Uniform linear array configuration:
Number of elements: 32
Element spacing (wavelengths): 0.75
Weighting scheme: kaiser
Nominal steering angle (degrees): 30
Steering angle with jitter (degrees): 28.082
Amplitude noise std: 0.05
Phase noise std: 0.05

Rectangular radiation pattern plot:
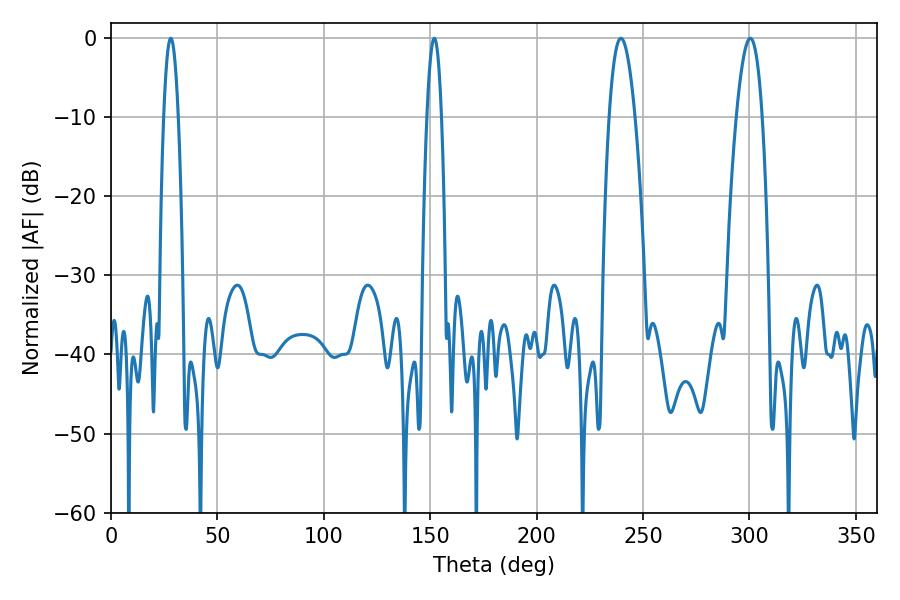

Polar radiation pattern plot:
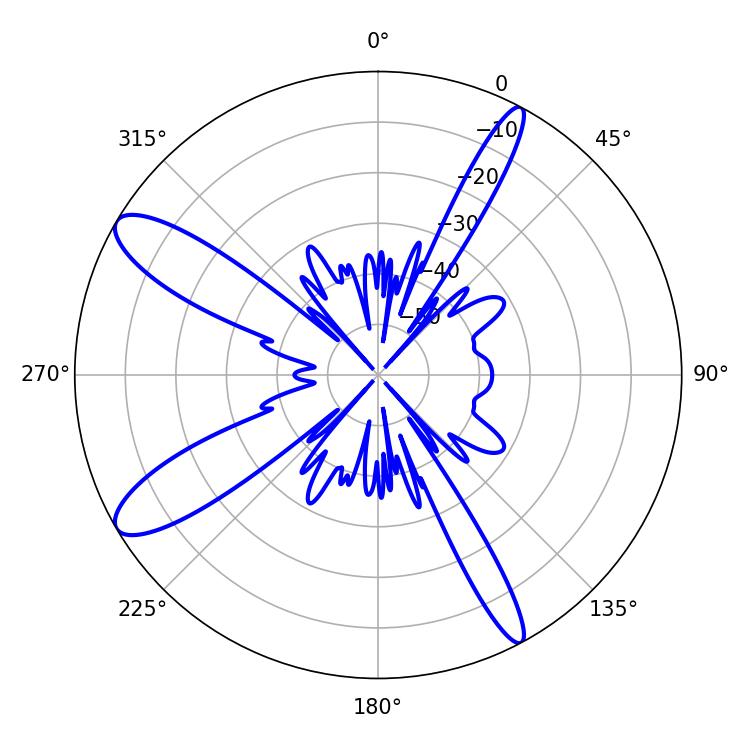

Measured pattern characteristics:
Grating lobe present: TRUE
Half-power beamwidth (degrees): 3.78
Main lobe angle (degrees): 28.08